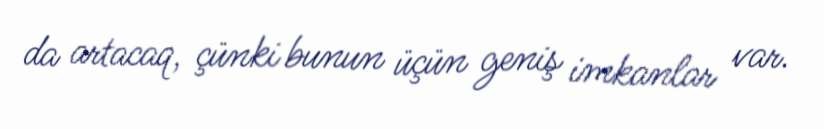
da artacaq, çünki bunun üçün geniş imkanlar var.